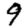
Digit: 9